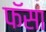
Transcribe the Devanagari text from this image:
फॅसा